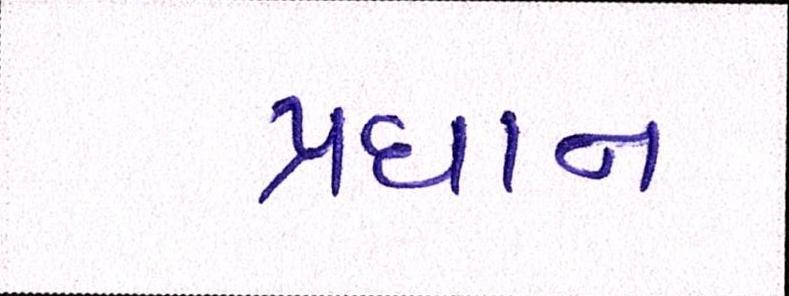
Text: પ્રધાન